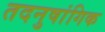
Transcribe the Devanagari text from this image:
तदनुषांगिक